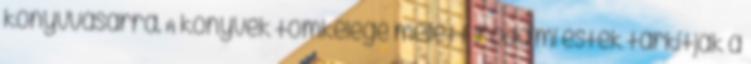
könyvvásárra. A könyvek tömkelege mellett irodalmi estek tarkítják a